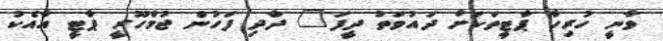
ވާނީ ހުރިހާ ޕާޓީތަކަށް ދައުވަތު ދީފަ" ދާދި ފަހުން ޖުމްހޫރީ ޕާޓީ އާއެކު